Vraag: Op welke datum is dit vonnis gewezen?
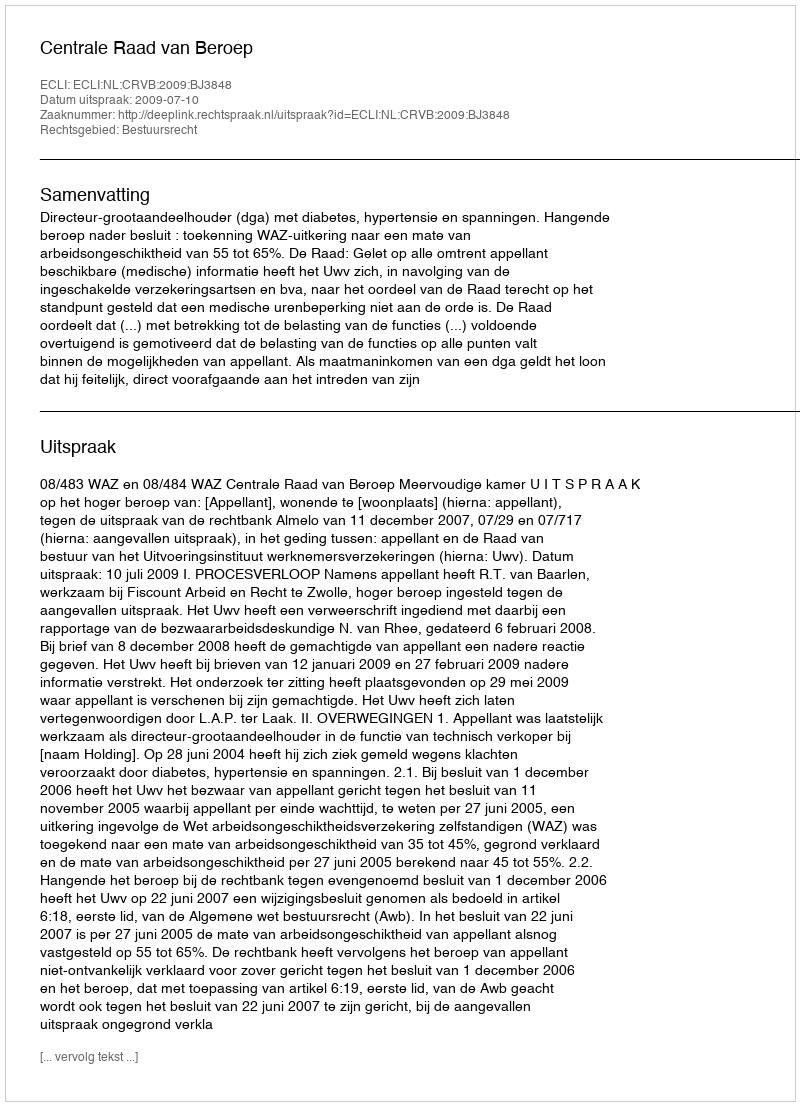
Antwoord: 2009-07-10